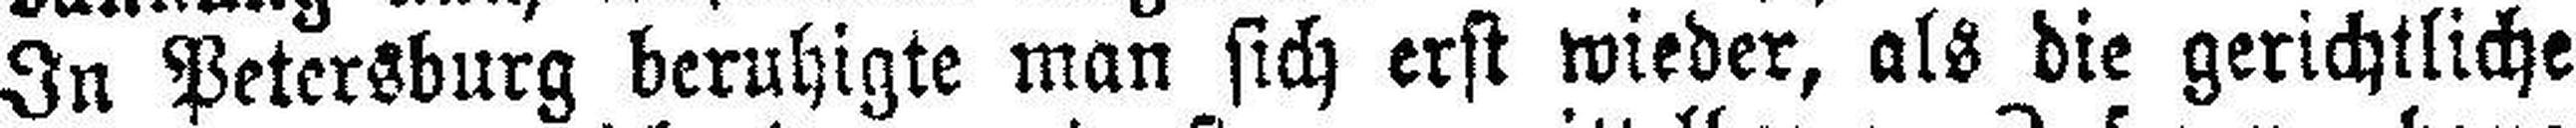
In Petersburg beruhigte man sich erst wieder, als die gerichtliche